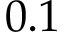
0 . 1